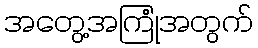
အတွေ့အကြုံအတွက်